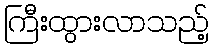
ကြီးထွားလာသည့်